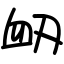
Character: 衂